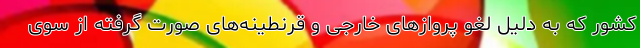
کشور که به دلیل لغو پروازهای خارجی و قرنطینه‌های صورت گرفته از سوی